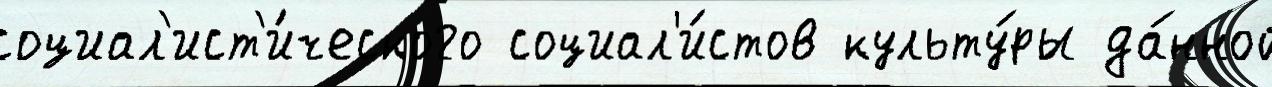
социал'ист'и́ческого социал'и́стов культу́ры да́нной